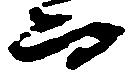
而